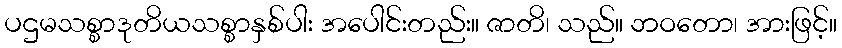
ပဌမသစ္စာဒုတိယသစ္စာနှစ်ပါး အပေါင်းတည်း။ ဇာတိ၊ သည်။ ဘဝတော၊ အားဖြင့်။